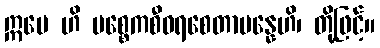
ဣမေ ဟိ ပစ္စေကစီဝရစေတာပန္နေဟိ၊ တို့ဖြင့်။